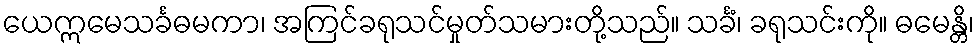
ယေဣမေသင်္ခဓမကာ၊ အကြင်ခရုသင်မှုတ်သမားတို့သည်။ သင်္ခံ၊ ခရုသင်းကို။ ဓမေန္တိ၊